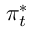
\pi _ { t } ^ { * }